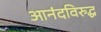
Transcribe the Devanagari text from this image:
आनंदविरुद्ध